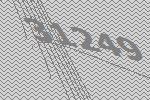
31249